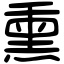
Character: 熏